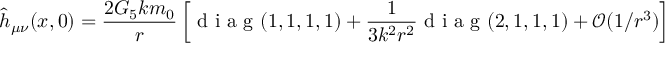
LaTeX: \hat { h } _ { \mu \nu } ( x , 0 ) = \frac { 2 G _ { 5 } k m _ { 0 } } { r } \left[ \textrm { d i a g } ( 1 , 1 , 1 , 1 ) + \frac { 1 } { 3 k ^ { 2 } r ^ { 2 } } \textrm { d i a g } ( 2 , 1 , 1 , 1 ) + \mathcal { O } ( 1 / r ^ { 3 } ) \right]